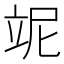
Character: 𥩥